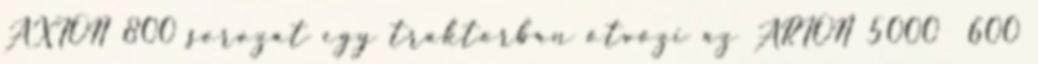
AXION 800 sorozat egy traktorban ötvözi az ARION 5000 600